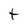
Character: t